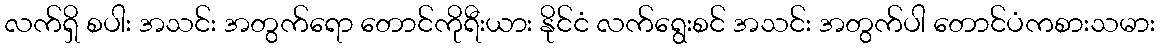
လက်ရှိ စပါး အသင်း အတွက်ရော တောင်ကိုရီးယား နိုင်ငံ လက်ရွေးစင် အသင်း အတွက်ပါ တောင်ပံကစားသမား